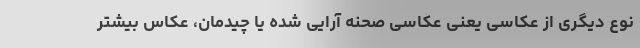
نوع دیگری از عکاسی یعنی عکاسی صحنه آرایی شده یا چیدمان، عکاس بیشتر